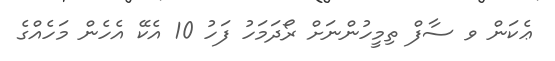
ޢެކަން ވ ސާފް ތިމީހުންނަށް ރޯދަމަހު ފަހު 10 އެކޭ އެހެން މަހެއްގެ